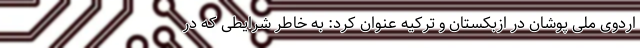
اردوی ملی پوشان در ازبکستان و ترکیه عنوان کرد: به خاطر شرایطی که در